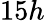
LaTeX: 15h